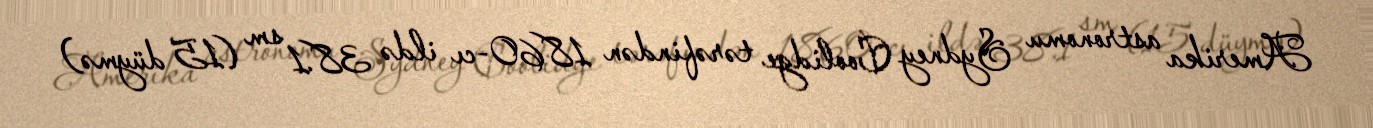
Amerika astronomu Sydney Coolidge tərəfindən 1860-cı ildə 38.1 sm (15 düymə)